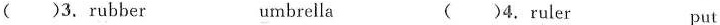
()3. rubber umbrella ()4.ruler put